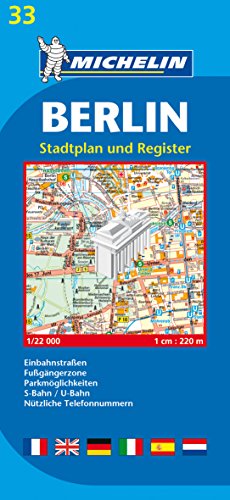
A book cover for Michelin Map Berlin #33 (Maps/City (Michelin)); Michelin; Travel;